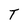
Character: T